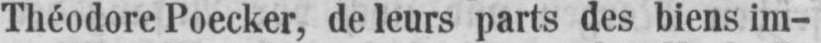
Théodore Poecker, de leurs parts des biens im-